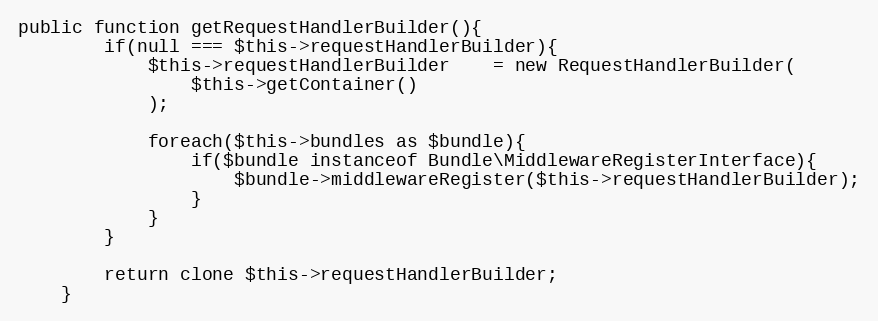
Language: PHP
public function getRequestHandlerBuilder(){
        if(null === $this->requestHandlerBuilder){
            $this->requestHandlerBuilder    = new RequestHandlerBuilder(
                $this->getContainer()
            );

            foreach($this->bundles as $bundle){
                if($bundle instanceof Bundle\MiddlewareRegisterInterface){
                    $bundle->middlewareRegister($this->requestHandlerBuilder);
                }
            }
        }

        return clone $this->requestHandlerBuilder;
    }